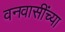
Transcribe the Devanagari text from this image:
वनवासींच्या